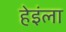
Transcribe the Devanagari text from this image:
हेइंला